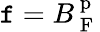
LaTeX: \mathtt{f}=B_{\mathrm{{~F~}}}^{\mathrm{{~p~}}}